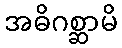
အဓိဂစ္ဆာမိ